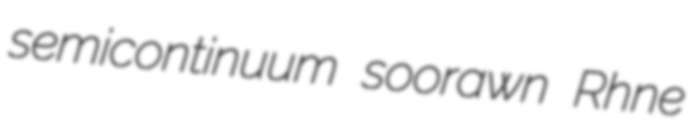
semicontinuum soorawn Rhne